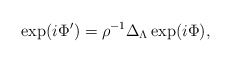
\begin{align*}\exp (i\Phi ^{\prime })=\rho ^{-1}\Delta _{{\small \Lambda }}\exp (i\Phi ),\end{align*}